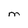
Character: M